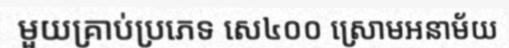
មួយគ្រាប់ប្រភេទ សេ៤០០ ស្រោមអនាម័យ